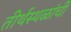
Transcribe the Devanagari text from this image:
तीर्थस्थळांची